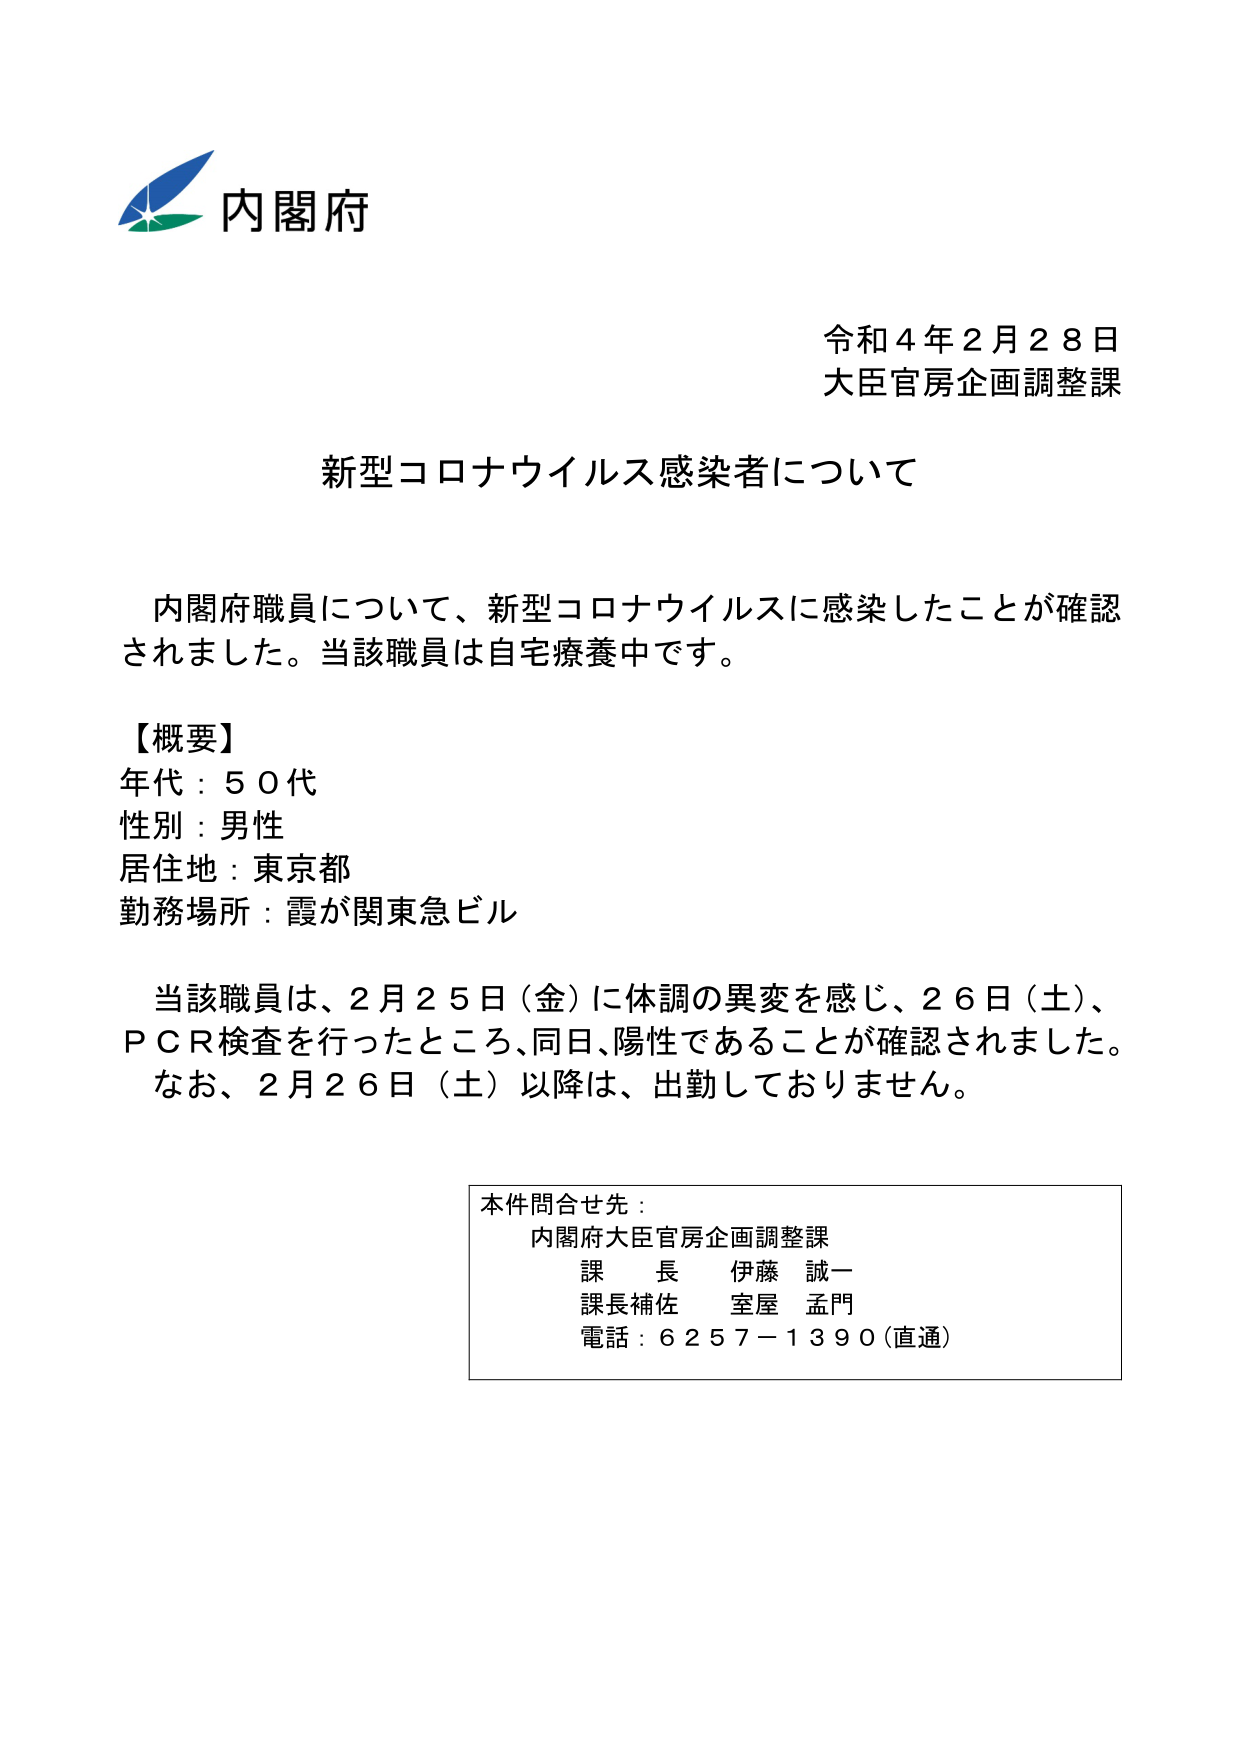
内閣府
令和４年２月２８日
大臣官房企画調整課

新型コロナウイルス感染者について

内閣府職員について、新型コロナウイルスに感染したことが確認されました。当該職員は自宅療養中です。

【概要】
年代：５０代
性別：男性
居住地：東京都
勤務場所：霞が関東急ビル

当該職員は、２月２５日（金）に体調の異変を感じ、２６日（土）、ＰＣＲ検査を行ったところ、同日、陽性であることが確認されました。
なお、２月２６日（土）以降は、出勤しておりません。

本件問合せ先：
内閣府大臣官房企画調整課
課長 伊藤 誠一
課長補佐 室屋 孟門
電話：６２５７－１３９０（直通）